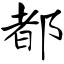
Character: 都